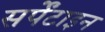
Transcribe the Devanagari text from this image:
सर्पेंटाइन